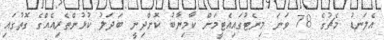
އެލަނޑު މެޗުގެ 78 ވަނަ މިނެޓުގައިއެޓީމަށް ކާމިޔާބު ކޮށްދިނީ ބަދަލު ކުޅުންތެރިއެއްގެ ގޮތުގައި